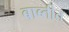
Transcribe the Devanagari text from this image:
बाब्तीत